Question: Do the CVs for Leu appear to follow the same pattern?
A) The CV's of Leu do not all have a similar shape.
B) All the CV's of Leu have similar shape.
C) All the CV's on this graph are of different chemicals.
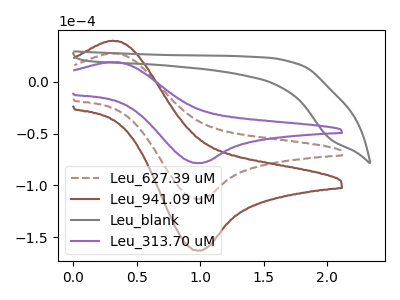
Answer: <think>The brown dashed curve "Leu_627.39 uM" has an anodic peak at (0.30V, 27.55uA) and a cathodic peak at (1.00V, -113.25uA). The brown curve "Leu_941.09 uM" has an anodic peak at (0.30V, 55.05uA) and a cathodic peak at (1.00V, -226.50uA). The gray curve "Leu_blank" has no peaks. The purple curve "Leu_313.70 uM" has an anodic peak at (0.30V, 19.10uA) and a cathodic peak at (1.00V, -78.60uA).
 All the peaks in "Leu_627.39 uM" have a peak in "Leu_941.09 uM" at the same potential. Every peak in "Leu_627.39 uM" is lower than every peak in "Leu_941.09 uM". "Leu_627.39 uM" and "Leu_blank" have a different number of peaks. All the peaks in "Leu_627.39 uM" have a peak in "Leu_313.70 uM" at the same potential. Every peak in "Leu_627.39 uM" is higher than every peak in "Leu_313.70 uM". "Leu_941.09 uM" and "Leu_blank" have a different number of peaks. All the peaks in "Leu_941.09 uM" have a peak in "Leu_313.70 uM" at the same potential. Every peak in "Leu_941.09 uM" is higher than every peak in "Leu_313.70 uM". "Leu_blank" and "Leu_313.70 uM" have a different number of peaks.</think>
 <answer>B) All the CV's of "Leu" have similar shape.</answer>
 <eval>B</eval>